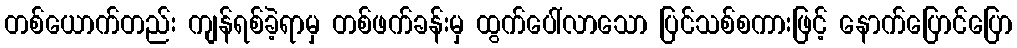
တစ်ယောက်တည်း ကျန်ရစ်ခဲ့ရာမှ တစ်ဖက်ခန်းမှ ထွက်ပေါ်လာသော ပြင်သစ်စကားဖြင့် နောက်ပြောင်ပြော